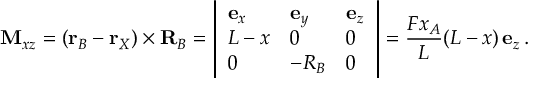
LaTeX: \mathbf { M } _ { x z } = ( \mathbf { r } _ { B } - \mathbf { r } _ { X } ) \times \mathbf { R } _ { B } = \left| { \begin{array} { l l l } { \mathbf { e } _ { x } } & { \mathbf { e } _ { y } } & { \mathbf { e } _ { z } } \\ { L - x } & { 0 } & { 0 } \\ { 0 } & { - R _ { B } } & { 0 } \end{array} } \right| = { \frac { F x _ { A } } { L } } ( L - x ) \, \mathbf { e } _ { z } \, .